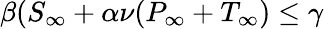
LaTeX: \beta(S_{\infty}+\alpha\nu(P_{\infty}+T_{\infty})\le\gamma